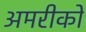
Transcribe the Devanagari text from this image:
अमरीकों